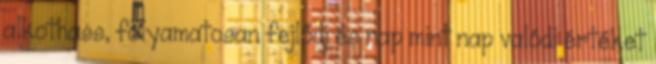
alkothass, folyamatosan fejlődj és nap mint nap valódi értéket